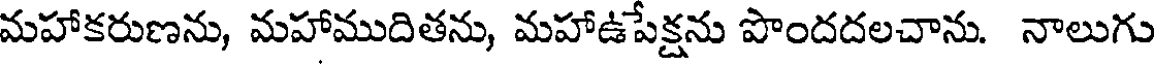
మహాకరుణను, మహాముదితను, మహాఉపేక్షను పొందదలచాను. నాలుగు